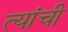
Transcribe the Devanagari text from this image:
त्यांंची